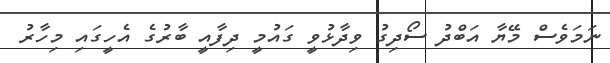
ނަމަވެސް މޭޔާ އަބްދު ސޯދިގު ވިދާޅުވީ ގައުމީ ދިފާއީ ބާރުގެ އެހީގައި މިހާރު